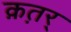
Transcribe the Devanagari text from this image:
क़त़र्